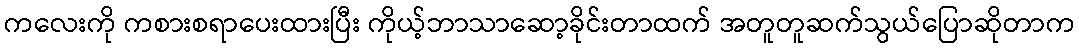
ကလေးကို ကစားစရာပေးထားပြီး ကိုယ့်ဘာသာဆော့ခိုင်းတာထက် အတူတူဆက်သွယ်ပြောဆိုတာက